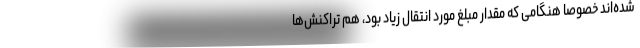
شده‌اند خصوصا هنگامی که مقدار مبلغ مورد انتقال زیاد بود، هم تراکنش‌ها